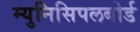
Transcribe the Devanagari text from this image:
म्युनिसिपलबोर्ड